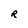
Character: R